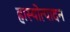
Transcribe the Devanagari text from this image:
हास्योत्पादन